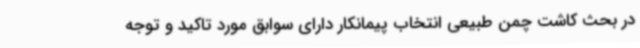
در بحث کاشت چمن طبیعی انتخاب پیمانکار دارای سوابق مورد تاکید و توجه